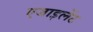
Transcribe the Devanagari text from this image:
एजाइलेंट